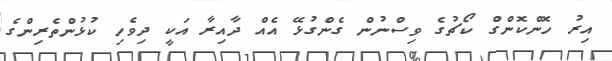
އިރު ހޮންކޮންގް ކޯޗުގެ ވިސްނުން ގެންގުޅޭ އެއް ދާއިރާ އަކީ ދިވެހި ކުޅުންތެރިންގެ